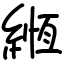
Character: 緪